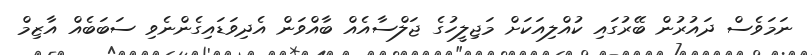
ނަމަވެސް ދައުރުން ބޭރުގައި ކުއްލިއަކަށް މަޖިލީހުގެ ޖަލްސާއެއް ބާއްވަން އެދިވަޑައިގެންނެވި ސަބަބެއް އާޒިމް